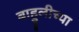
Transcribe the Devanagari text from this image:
बाहुलीच्या